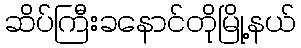
ဆိပ်ကြီးခနောင်တိုမြို့နယ်